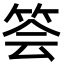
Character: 𥭉